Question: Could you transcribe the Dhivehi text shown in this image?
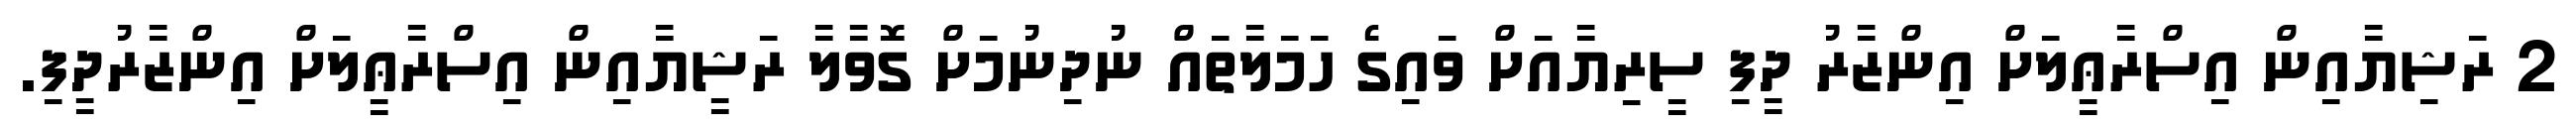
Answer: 2 ރަޝިޔާއިން އިސްރާޢީލަށް އިންޒާރު ދީފި ސީރިޔާއަށް ވައިގެ ހަމަލާތައް ނުދިނުމަށް ގޮވާލާ ރަޝީޔާއިން އިސްރާޢީލަށް އިންޒާރުދީފި.